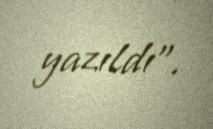
yazıldı”.